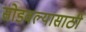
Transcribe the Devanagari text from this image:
सोडवल्यासाठी